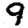
Digit: 9